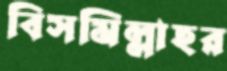
বিসমিল্লাহর